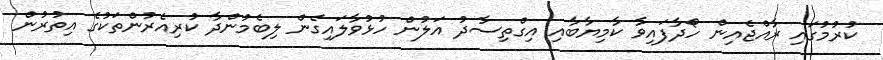
ކުރުމުގައި ރާއްޖެއިން ހޯދާފައިވާ ކާމިޔާބާއި އިގްތިސާދު އަލުން ހުޅުވާލައިގެން ލިބެމުންދާ ކުރިއެރުންތަކުގެ އިތުރުން